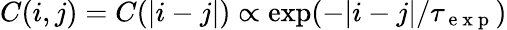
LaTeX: C(i,j)=C(|i-j|)\propto\exp(-|i-j|/\tau_{\mathrm{~e~x~p~}})